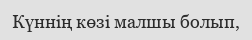
Күннің көзі малшы болып,